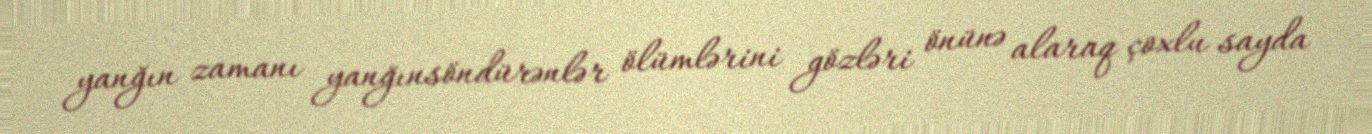
yanğın zamanı yanğınsöndürənlər ölümlərini gözləri önünə alaraq çoxlu sayda